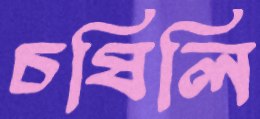
চষিলি